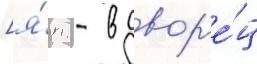
[я́п. - в двор'е́ц